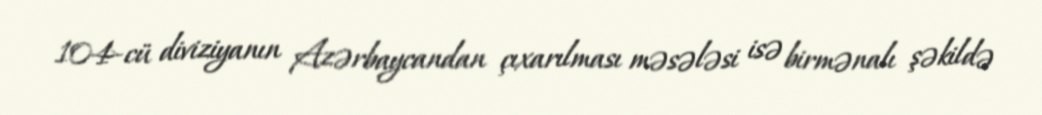
104-cü diviziyanın Azərbaycandan çıxarılması məsələsi isə birmənalı şəkildə